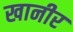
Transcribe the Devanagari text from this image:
खानीर